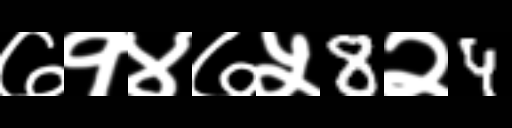
Text: ७१४७५8२4